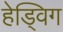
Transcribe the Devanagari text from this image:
हेड्विग